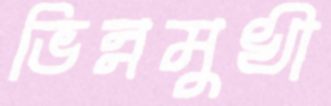
ভিন্নমুখী